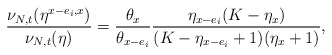
\begin{align*} \frac{\nu_{N,t}(\eta^{x-e_i,x})}{\nu_{N,t}(\eta)}=\frac{\theta_{x}}{\theta_{x-e_i}}\frac{\eta_{x-e_i}(K-\eta_x)}{(K-\eta_{x-e_i}+1)(\eta_x+1)},\end{align*}